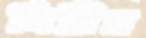
গিরীর